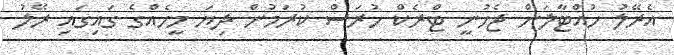
އެރޭލު ހުއްޓާލަން ޖެހުނީ ޓްރެކް ހުރަސް ކުރަމުން ދިޔަ މީހެއްގެ ގައިގައި ރޭލު